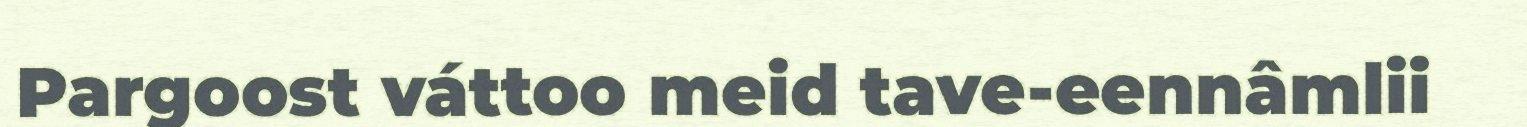
Pargoost váttoo meid tave-eennâmlii